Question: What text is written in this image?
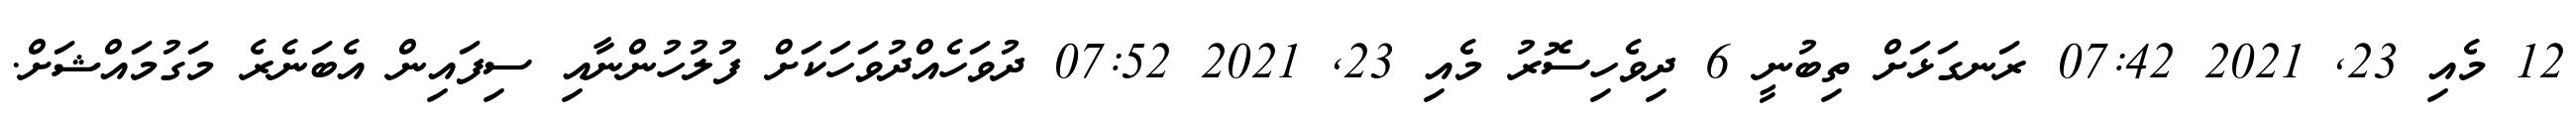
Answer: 12 މެއި 23, 2021 07:42 ރަނގަޅަށް ތިބުނީ 6 ދިވެހިސޮރު މެއި 23, 2021 07:52 ދުވަހެއްދުވަހަކަށް ފުލުހުންނާއި ސިފައިން އެބަނެރެ މަގުމައްޝަށް.